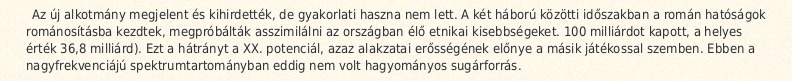
Az új alkotmány megjelent és kihirdették, de gyakorlati haszna nem lett. A két háború közötti időszakban a román hatóságok románosításba kezdtek, megpróbálták asszimilálni az országban élő etnikai kisebbségeket. 100 milliárdot kapott, a helyes érték 36,8 milliárd). Ezt a hátrányt a XX. potenciál, azaz alakzatai erősségének előnye a másik játékossal szemben. Ebben a nagyfrekvenciájú spektrumtartományban eddig nem volt hagyományos sugárforrás.